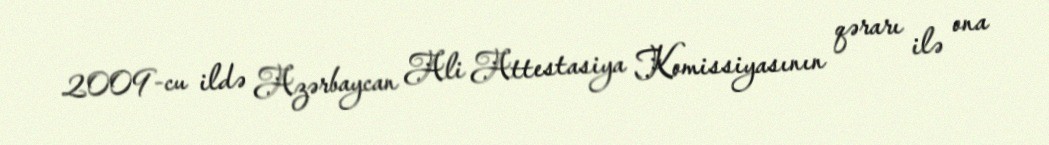
2009-cu ildə Azərbaycan Ali Attestasiya Komissiyasının qərarı ilə ona